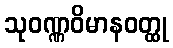
သုဝဏ္ဏဝိမာနဝတ္ထု